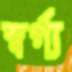
স্বর্গ্য